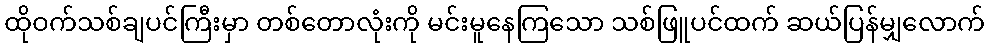
ထိုဝက်သစ်ချပင်ကြီးမှာ တစ်တောလုံးကို မင်းမူနေကြသော သစ်ဖြူပင်ထက် ဆယ်ပြန်မျှလောက်